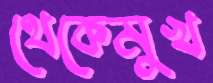
থেকেমুখ